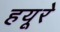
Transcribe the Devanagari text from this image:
हयूरे